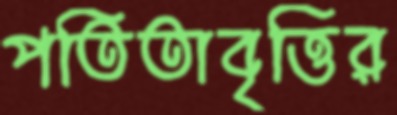
পতিতাবৃত্তির